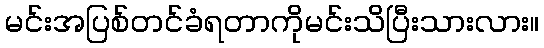
မင်းအပြစ်တင်ခံရတာကိုမင်းသိပြီးသားလား။